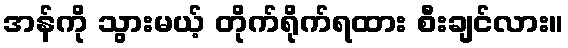
အန်ကို သွားမယ့် တိုက်ရိုက်ရထား စီးချင်လား။